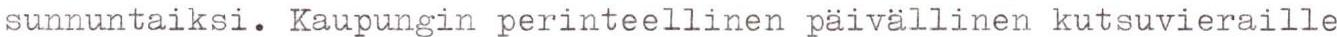
sunnuntaiksi. Kaupungin perinteellinen päivällinen kutsuvieraille